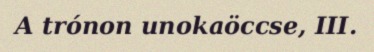
A trónon unokaöccse, III.